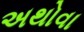
અથોવા